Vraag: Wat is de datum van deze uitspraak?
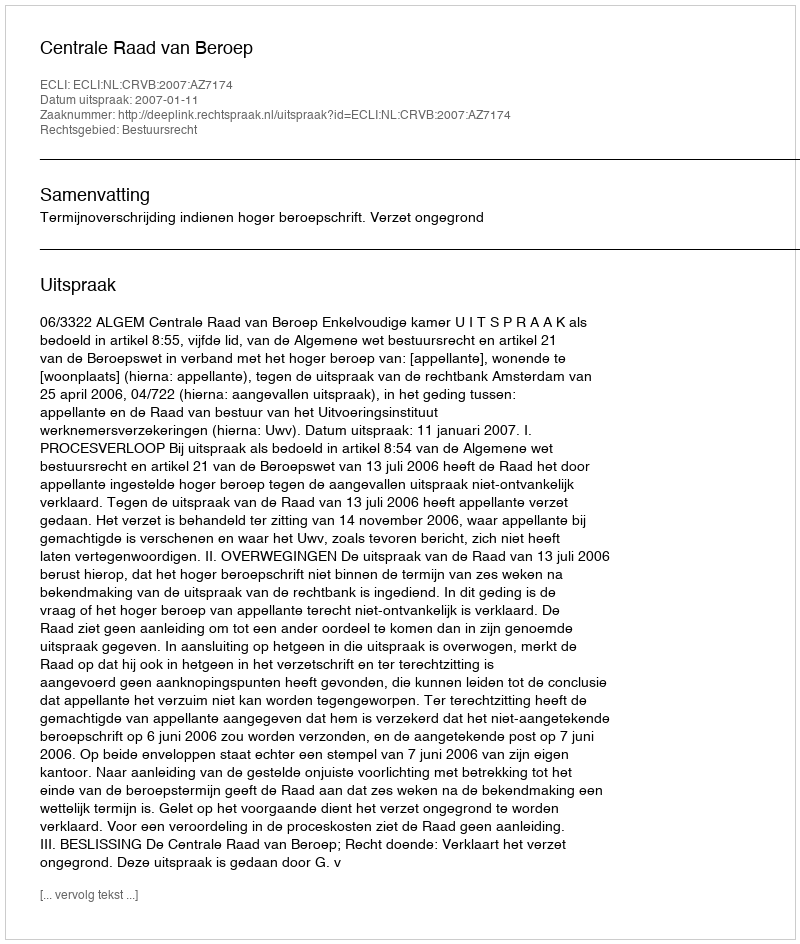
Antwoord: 2007-01-11